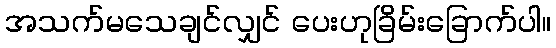
အသက်မသေချင်လျှင် ပေးဟုခြိမ်းခြောက်ပါ။